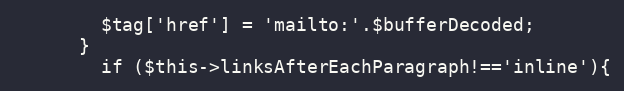
Language: PHP
        $tag['href'] = 'mailto:'.$bufferDecoded;
      }
	    if ($this->linksAfterEachParagraph!=='inline'){